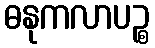
ဓနုကလာပဉ္စ